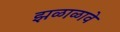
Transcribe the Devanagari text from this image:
झळाळावे